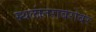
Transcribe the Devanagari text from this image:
स्थलांतराबरोबर